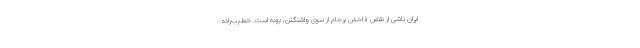
ایران ناشی از نقض فاحش برجام از سوی واشنگتن، بوده است. خطیب‌زاده